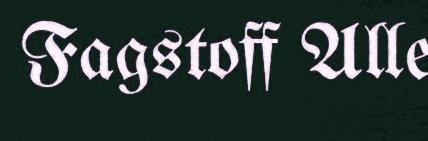
Fagstoff Alle